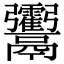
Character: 𩱶